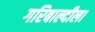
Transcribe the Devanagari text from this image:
गरिबाल्दीला